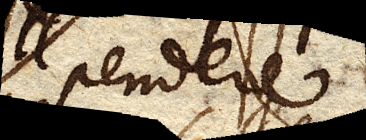
pendere.